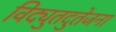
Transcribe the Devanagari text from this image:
विद्युतदुतेजना